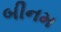
બીનમ